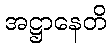
အဋ္ဌာနေတိ